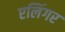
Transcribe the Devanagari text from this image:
एलिंगर